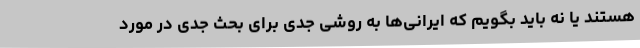
هستند یا نه باید بگویم که ایرانی‌ها به روشی جدی برای بحث جدی در مورد